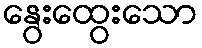
နွေးထွေးသော